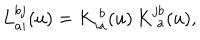
LaTeX: L \mathrm { } _ { a i } ^ { b j } ( u ) = K \mathrm { } _ { i a } ^ { \ b } ( u ) \, K \mathrm { } _ { \ a } ^ { j b } ( u ) ,